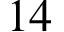
1 4